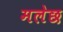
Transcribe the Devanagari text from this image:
मलेछ